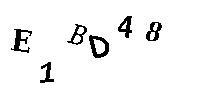
E1BD48